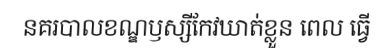
នគរបាលខណ្ឌឫស្សីកែវឃាត់ខ្លួន ពេល ធ្វើ